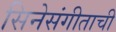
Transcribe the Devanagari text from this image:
सिनेसंगीताची